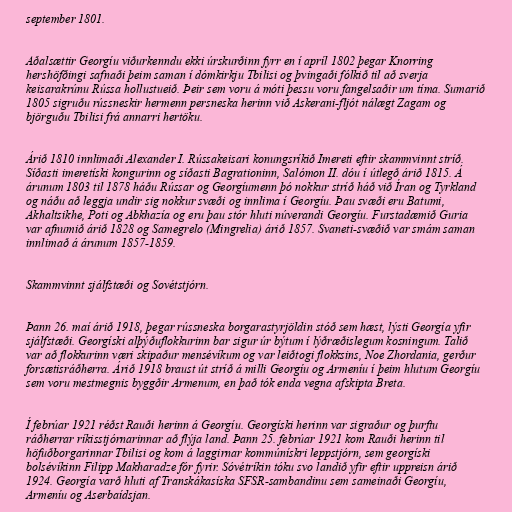
september 1801.

Aðalsættir Georgíu viðurkenndu ekki úrskurðinn fyrr en í apríl 1802 þegar Knorring
hershöfðingi safnaði þeim saman í dómkirkju Tbilisi og þvingaði fólkið til að sverja
keisarakrúnu Rússa hollustueið. Þeir sem voru á móti þessu voru fangelsaðir um tíma. Sumarið
1805 sigruðu rússneskir hermenn persneska herinn við Askerani-fljót nálægt Zagam og
björguðu Tbilisi frá annarri hertöku.

Árið 1810 innlimaði Alexander I. Rússakeisari konungsríkið Imereti eftir skammvinnt stríð.
Síðasti imeretíski kongurinn og síðasti Bagrationinn, Salómon II. dóu í útlegð árið 1815. Á
árunum 1803 til 1878 háðu Rússar og Georgíumenn þó nokkur stríð háð við Íran og Tyrkland
og náðu að leggja undir sig nokkur svæði og innlima í Georgíu. Þau svæði eru Batumi,
Akhaltsikhe, Poti og Abkhazía og eru þau stór hluti núverandi Georgíu. Furstadæmið Guria
var afnumið árið 1828 og Samegrelo (Mingrelia) árið 1857. Svaneti-svæðið var smám saman
innlimað á árunum 1857-1859.

Skammvinnt sjálfstæði og Sovétstjórn.

Þann 26. maí árið 1918, þegar rússneska borgarastyrjöldin stóð sem hæst, lýsti Georgía yfir
sjálfstæði. Georgíski alþýðuflokkurinn bar sigur úr býtum í lýðræðislegum kosningum. Talið
var að flokkurinn væri skipaður mensévíkum og var leiðtogi flokksins, Noe Zhordania, gerður
forsætisráðherra. Árið 1918 braust út stríð á milli Georgíu og Armeníu í þeim hlutum Georgíu
sem voru mestmegnis byggðir Armenum, en það tók enda vegna afskipta Breta.

Í febrúar 1921 réðst Rauði herinn á Georgíu. Georgíski herinn var sigraður og þurftu
ráðherrar ríkisstjórnarinnar að flýja land. Þann 25. febrúar 1921 kom Rauði herinn til
höfuðborgarinnar Tbilisi og kom á laggirnar kommúnískri leppstjórn, sem georgíski
bolsévíkinn Filipp Makharadze fór fyrir. Sóvétríkin tóku svo landið yfir eftir uppreisn árið
1924. Georgía varð hluti af Transkákasíska SFSR-sambandinu sem sameinaði Georgíu,
Armeníu og Aserbaídsjan.